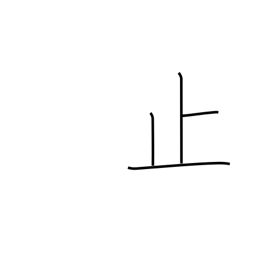
Meaning: stop